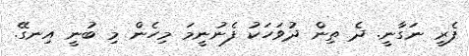
ފެރީ ނަގާނީ. ދެ ތިން ދުވަހަކު ފެނުނީމަ މިހެން މި ބުނީ އިނގޭ.